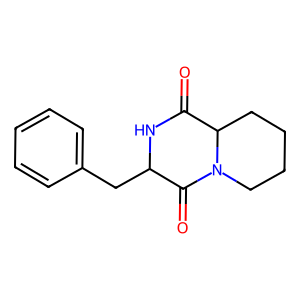
SMILES: O=C1NC(Cc2ccccc2)C(=O)N2CCCCC12
Inhibits HIV replication: No